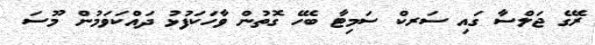
ރޭގެ ޖަލްސާ ގައި ސަރކް ސަމިޓާ ބެހޭ ގޮތުން ވާހަކަފުޅު ދައްކަވަމުން މޫސަ